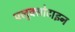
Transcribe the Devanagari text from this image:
फ्लुक्सोटाइन